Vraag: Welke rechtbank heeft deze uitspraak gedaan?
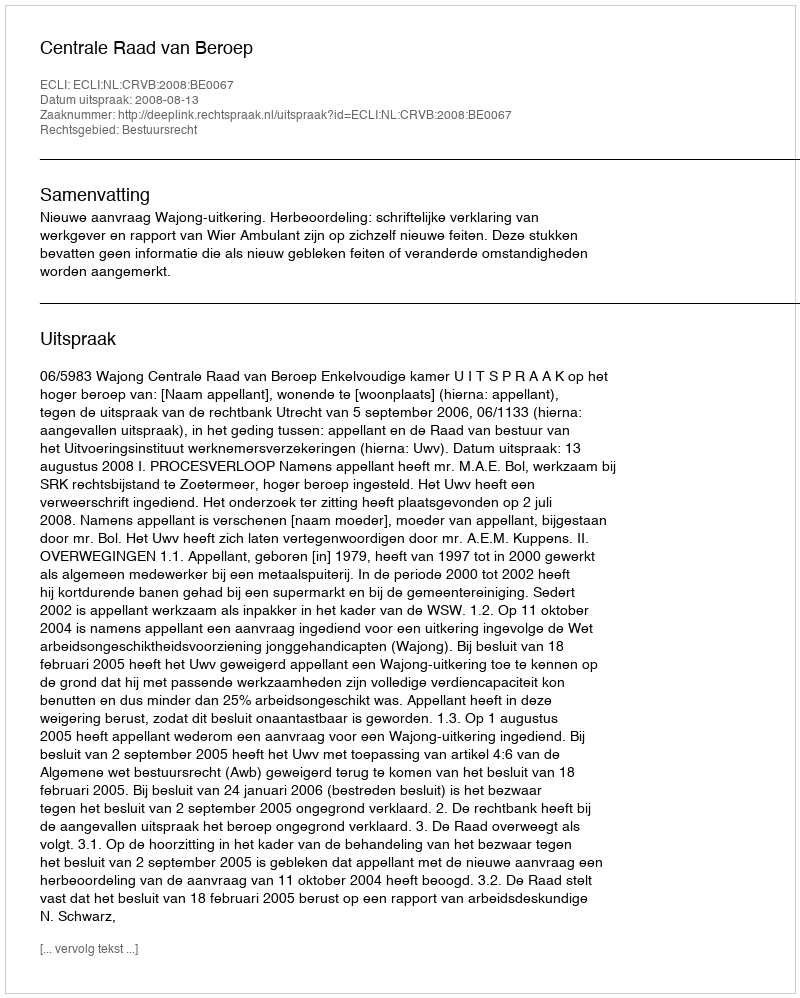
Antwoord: Centrale Raad van Beroep